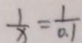
\frac { 1 } { x } = \frac { 1 } { 0 . 1 }